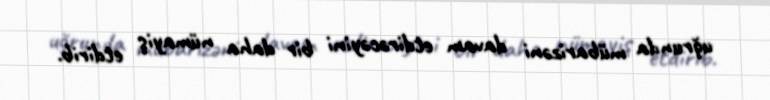
uğrunda mübarizəni davam etdirəcəyini bir daha nümayiş etdirib.